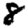
Digit: 8